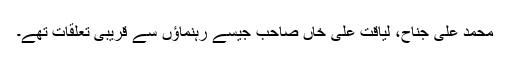
محمد علی جناح، لیاقت علی خاں صاحب جیسے رہنماؤں سے قریبی تعلقات تھے۔